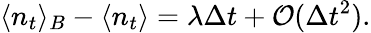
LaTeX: \langle n_{t}\rangle_{B}-\langle n_{t}\rangle=\lambda\Delta t+\mathcal{O}(\Delta t^{2}).